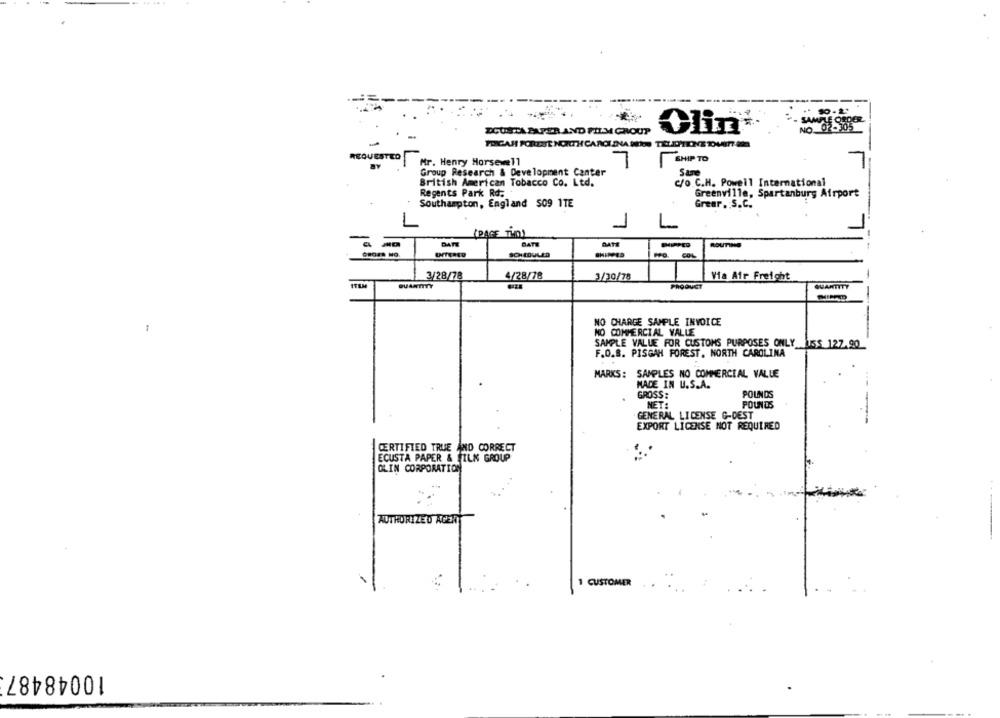
---..
ZCURTA PAPER AND FILM GROUP
FORICAH PORESE NORTH CAROLINA Be TEL.DITIONE DUETT 22
REQUESTED
Mr. Henry Horsewell
SHIP TO
Group Research & Development Center
Stre
British American Tobacco Co. Ltd.
C/o C.H. Powell International
Regents Park Rd:
Greenville, Spartanburg Airport
Southampton, England 509 1TE
Greer, S.C.
1
L
(PAGE THO)
a
DATE
BATE
DATE
PED
--
3/28/78
4/28/78
3/30/78
Via Air Freight
QUANTITY
PRODUCT
QUANTITY
-
NO CHARGE SAMPLE INVOICE
-
NO COMMERCIAL VALLE
SAMPLE VALUE FOR CUSTOMS PURPOSES ONLY _ISS 127.90
F.O.S. PISGAH FOREST, NORTH CAROLINA
MARKS: SAMPLES NO COMMERCIAL VALUE
MADE IN U.S.A.
GROSS:
POUNDS
NET:
POUNDS
GENERAL LICENSE G-DEST
EXPORT LICENSE NOT REQUIRED
CERTIFIED TRUE AND CORRECT
ECUSTA PAPER & FILK GROUP
OLIN CORPORATION
AUTHORIZED ACEN
1 CUSTOMER
10048487